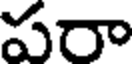
పరా